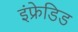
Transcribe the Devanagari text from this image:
इंफ्रेडिड